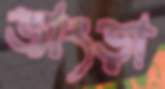
জাংড়া